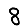
Digit: 8